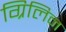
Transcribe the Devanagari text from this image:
ग्रिलिन